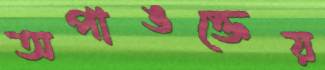
অপাঙক্তেয়